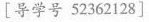
[导学号52362128]